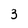
Character: 3